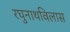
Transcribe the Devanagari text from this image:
रघुनाथविलास